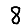
Digit: 8